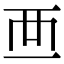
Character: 𧟠